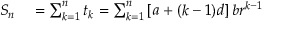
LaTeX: \begin{array} { r l } { S _ { n } } & { { } = \sum _ { k = 1 } ^ { n } t _ { k } = \sum _ { k = 1 } ^ { n } \left[ a + ( k - 1 ) d \right] b r ^ { k - 1 } } \end{array}